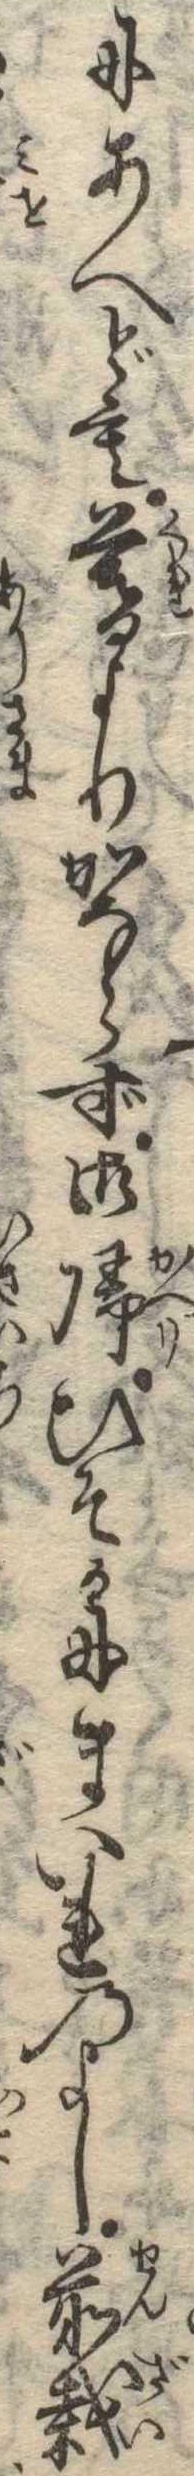
にあへども暮よりかならず御帰ひそかにまいれのよし前裁